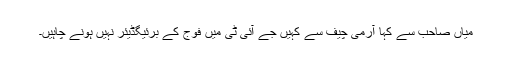
میاں صاحب سے کہا آرمی چیف سے کہیں جے آئی ٹی میں فوج کے برئیگڈیئر نہیں ہونے چاہیں۔